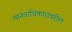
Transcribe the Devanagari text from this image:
मानवाधिकारावरील